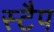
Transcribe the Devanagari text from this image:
स्टैप